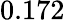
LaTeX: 0.172